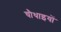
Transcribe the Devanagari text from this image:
चौथाइयों